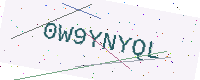
Text: 0W9YNYQL